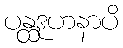
ပန္ထဒုဟနာပိ